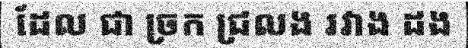
ដែល ជា ច្រក ជ្រលង រវាង ដង